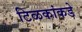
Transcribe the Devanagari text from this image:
टिळकांकडे